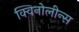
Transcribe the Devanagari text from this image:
क्विनोलीन्स